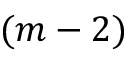
( m - 2 )